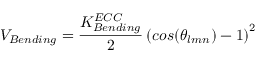
V _ { B e n d i n g } = \frac { K _ { B e n d i n g } ^ { E C C } } { 2 } \left( c o s ( \theta _ { l m n } ) - 1 \right) ^ { 2 }